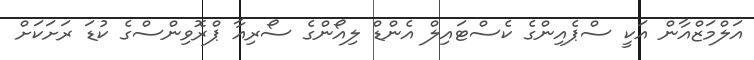
އަލްމަޒްއާން އަކީ ސްޕެއިންގެ ކެސްޓައިލް އެންޑް ލިއޯންގެ ސޯރިއާ ޕްރޮވިންސްގެ ކުޑަ ރަށަކަށް